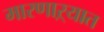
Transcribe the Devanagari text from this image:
मारणाऱ्यात